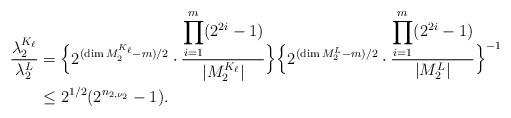
LaTeX: \begin{align*} \frac{\lambda_2^{K_{\ell}}}{\lambda_2^L}&=\Bigl\{2^{(\dim M_2^{K_{\ell}}-m)/2}\cdot\frac{\displaystyle{\prod_{i=1}^{m}}(2^{2i}-1)}{|M_2^{K_{\ell}}|}\Bigr\}\Bigl\{2^{(\dim M_2^L-m)/2}\cdot\frac{\displaystyle{\prod_{i=1}^{m}}(2^{2i}-1)}{|M_2^L|}\Bigr\}^{-1}\\ &\leq 2^{1/2}(2^{n_{2,\nu_2}}-1).\end{align*}